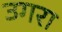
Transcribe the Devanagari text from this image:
उगरा